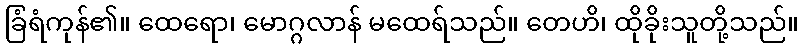
ခြံရံကုန်၏။ ထေရော၊ မောဂ္ဂလာန် မထေရ်သည်။ တေဟိ၊ ထိုခိုးသူတို့သည်။